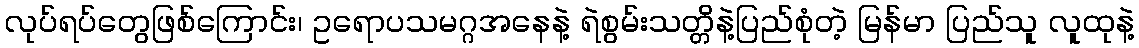
လုပ်ရပ်တွေဖြစ်ကြောင်း၊ ဥရောပသမဂ္ဂအနေနဲ့ ရဲစွမ်းသတ္တိနဲ့ပြည်စုံတဲ့ မြန်မာ ပြည်သူ လူထုနဲ့